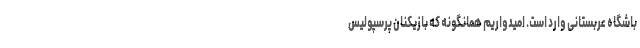
باشگاه عربستانی وارد است. امیدواریم همانگونه که بازیکنان پرسپولیس